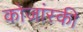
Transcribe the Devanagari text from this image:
कोजांस्की